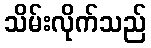
သိမ်းလိုက်သည်